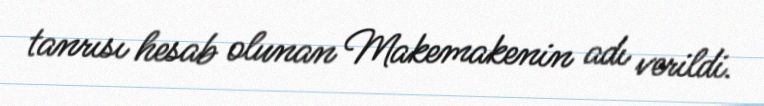
tanrısı hesab olunan Makemakenin adı verildi.